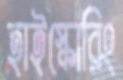
হাইস্কোরিং